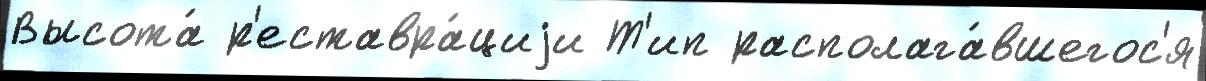
Высота́ р'еставра́циjи Т'ип располага́вшегос'я